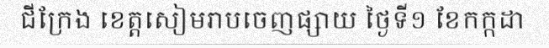
ជីក្រែង ខេត្តសៀមរាបចេញផ្សាយ ថ្ងៃទី១ ខែកក្កដា